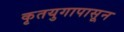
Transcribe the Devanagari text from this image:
कृतयुगापासून